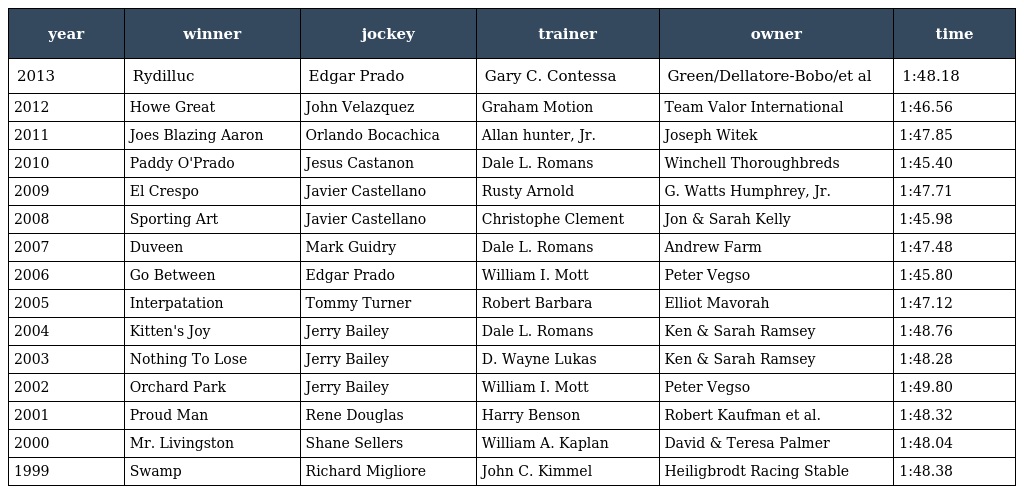
| year | winner | jockey | trainer | owner | time |
 | --- | --- | --- | --- | --- | --- |
 | 2013 | Rydilluc | Edgar Prado | Gary C. Contessa | Green/Dellatore-Bobo/et al | 1:48.18 |
 | 2012 | Howe Great | John Velazquez | Graham Motion | Team Valor International | 1:46.56 |
 | 2011 | Joes Blazing Aaron | Orlando Bocachica | Allan hunter, Jr. | Joseph Witek | 1:47.85 |
 | 2010 | Paddy O'Prado | Jesus Castanon | Dale L. Romans | Winchell Thoroughbreds | 1:45.40 |
 | 2009 | El Crespo | Javier Castellano | Rusty Arnold | G. Watts Humphrey, Jr. | 1:47.71 |
 | 2008 | Sporting Art | Javier Castellano | Christophe Clement | Jon & Sarah Kelly | 1:45.98 |
 | 2007 | Duveen | Mark Guidry | Dale L. Romans | Andrew Farm | 1:47.48 |
 | 2006 | Go Between | Edgar Prado | William I. Mott | Peter Vegso | 1:45.80 |
 | 2005 | Interpatation | Tommy Turner | Robert Barbara | Elliot Mavorah | 1:47.12 |
 | 2004 | Kitten's Joy | Jerry Bailey | Dale L. Romans | Ken & Sarah Ramsey | 1:48.76 |
 | 2003 | Nothing To Lose | Jerry Bailey | D. Wayne Lukas | Ken & Sarah Ramsey | 1:48.28 |
 | 2002 | Orchard Park | Jerry Bailey | William I. Mott | Peter Vegso | 1:49.80 |
 | 2001 | Proud Man | Rene Douglas | Harry Benson | Robert Kaufman et al. | 1:48.32 |
 | 2000 | Mr. Livingston | Shane Sellers | William A. Kaplan | David & Teresa Palmer | 1:48.04 |
 | 1999 | Swamp | Richard Migliore | John C. Kimmel | Heiligbrodt Racing Stable | 1:48.38 |